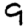
Digit: 9